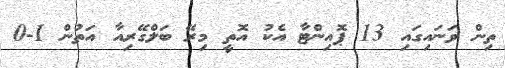
ތިން ވަނައިގައި 13 ޕޮއިންޓާ އެކު އޮތީ މިރޭ ބަލްގޭރިއާ އަތުން 1-0